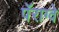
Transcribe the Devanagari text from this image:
पॅराग्वे